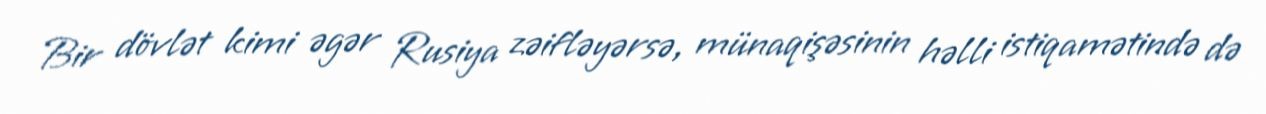
Bir dövlət kimi əgər Rusiya zəifləyərsə, münaqişəsinin həlli istiqamətində də